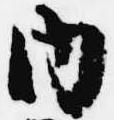
内